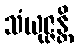
သံယုဇ္ဇန္တိ